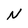
Character: N